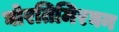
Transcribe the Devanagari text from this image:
घोरतिमिरघन